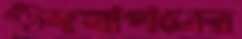
উদযাপনের